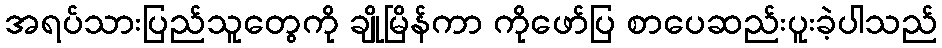
အရပ်သားပြည်သူတွေကို ချိုမြိန်ကာ ကိုဖော်ပြ စာပေဆည်းပူးခဲ့ပါသည်